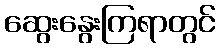
ဆွေးနွေးကြရာတွင်